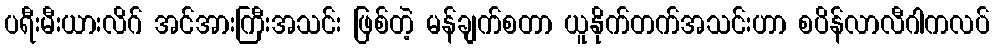
ပရီးမီးယားလိဂ် အင်အားကြီးအသင်း ဖြစ်တဲ့ မန်ချက်စတာ ယူနိုက်တက်အသင်းဟာ စပိန်လာလီဂါကလပ်